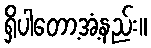
ရှိပါတော့အံ့နည်း။